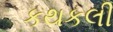
કથકલી